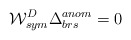
\begin{align*}{\cal W}^D_{sym} \Delta^{anom}_{brs} = 0\end{align*}